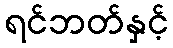
ရင်ဘတ်နှင့်